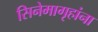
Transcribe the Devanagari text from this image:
सिनेमागृहांना